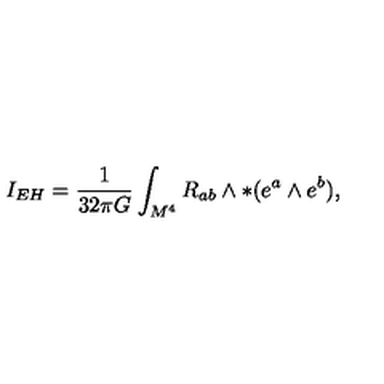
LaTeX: I _ { E H } = \frac { 1 } { 3 2 \pi G } \int _ { M ^ { 4 } } R _ { a b } \wedge \ast ( e ^ { a } \wedge e ^ { b } ) ,